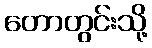
တောတွင်းသို့